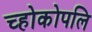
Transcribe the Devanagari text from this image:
च्होकोपलि